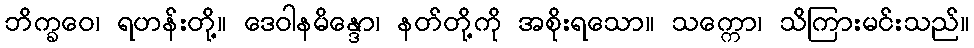
ဘိက္ခဝေ၊ ရဟန်းတို့။ ဒေဝါနမိန္ဒော၊ နတ်တို့ကို အစိုးရသော။ သက္ကော၊ သိကြားမင်းသည်။